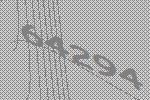
64294